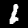
Digit: 1